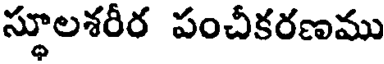
స్థూలశరీర పంచీకరణము